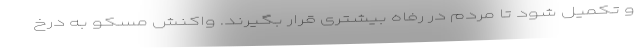
و تکمیل شود تا مردم در رفاه بیشتری قرار بگیرند. واکنش مسکو به درخ